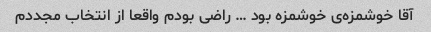
آقا خوشمزه‌ی خوشمزه بود … راضی بودم واقعا از انتخاب مجددم